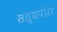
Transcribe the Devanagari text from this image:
सत्यपीरेर